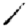
Digit: 1